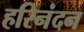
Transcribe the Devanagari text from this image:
हरिनंदन